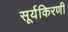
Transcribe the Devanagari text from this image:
सूर्यकिरणी